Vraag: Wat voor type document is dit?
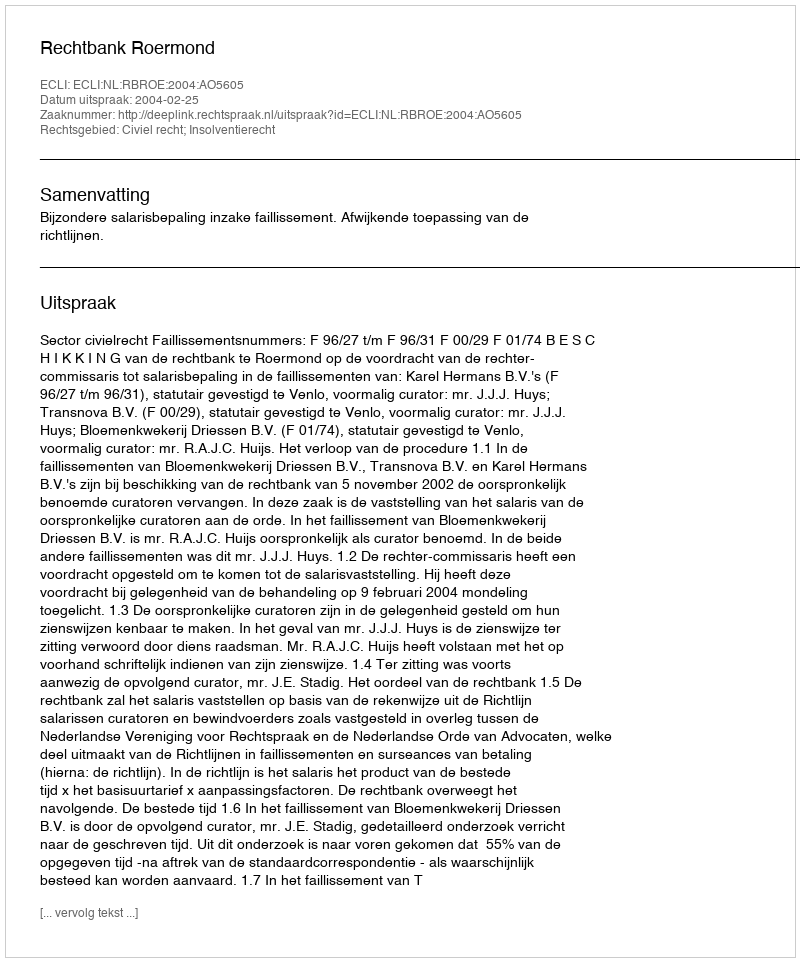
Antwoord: Uitspraak